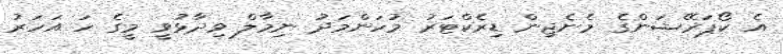
އެ ކޯޕަރޭޝަންގެ މެނެޖިން ޑިރެކްޓަރު މުހަންމަދު ނިމާލް ވިދާޅުވީ މީގެ ހަ އަހަރު